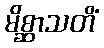
မိစ္ဆာသတိံ